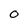
Character: O